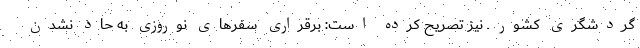
گردشگری کشور ـ نیز تصریح کرده است: برقراری سفرهای نوروزی به حاد نشدن